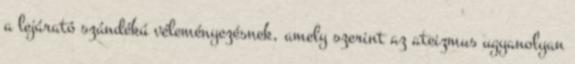
a lejárató szándékú véleményezésnek, amely szerint az ateizmus ugyanolyan